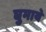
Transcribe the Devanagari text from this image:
घुमाये